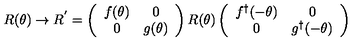
R ( \theta ) \rightarrow R ^ { ' } = \left( \begin{array} { c c } { f ( \theta ) } & { 0 } \\ { 0 } & { g ( \theta ) } \\ \end{array} \right) R ( \theta ) \left( \begin{array} { c c } { f ^ { \dagger } ( - \theta ) } & { 0 } \\ { 0 } & { g ^ { \dagger } ( - \theta ) } \\ \end{array} \right)